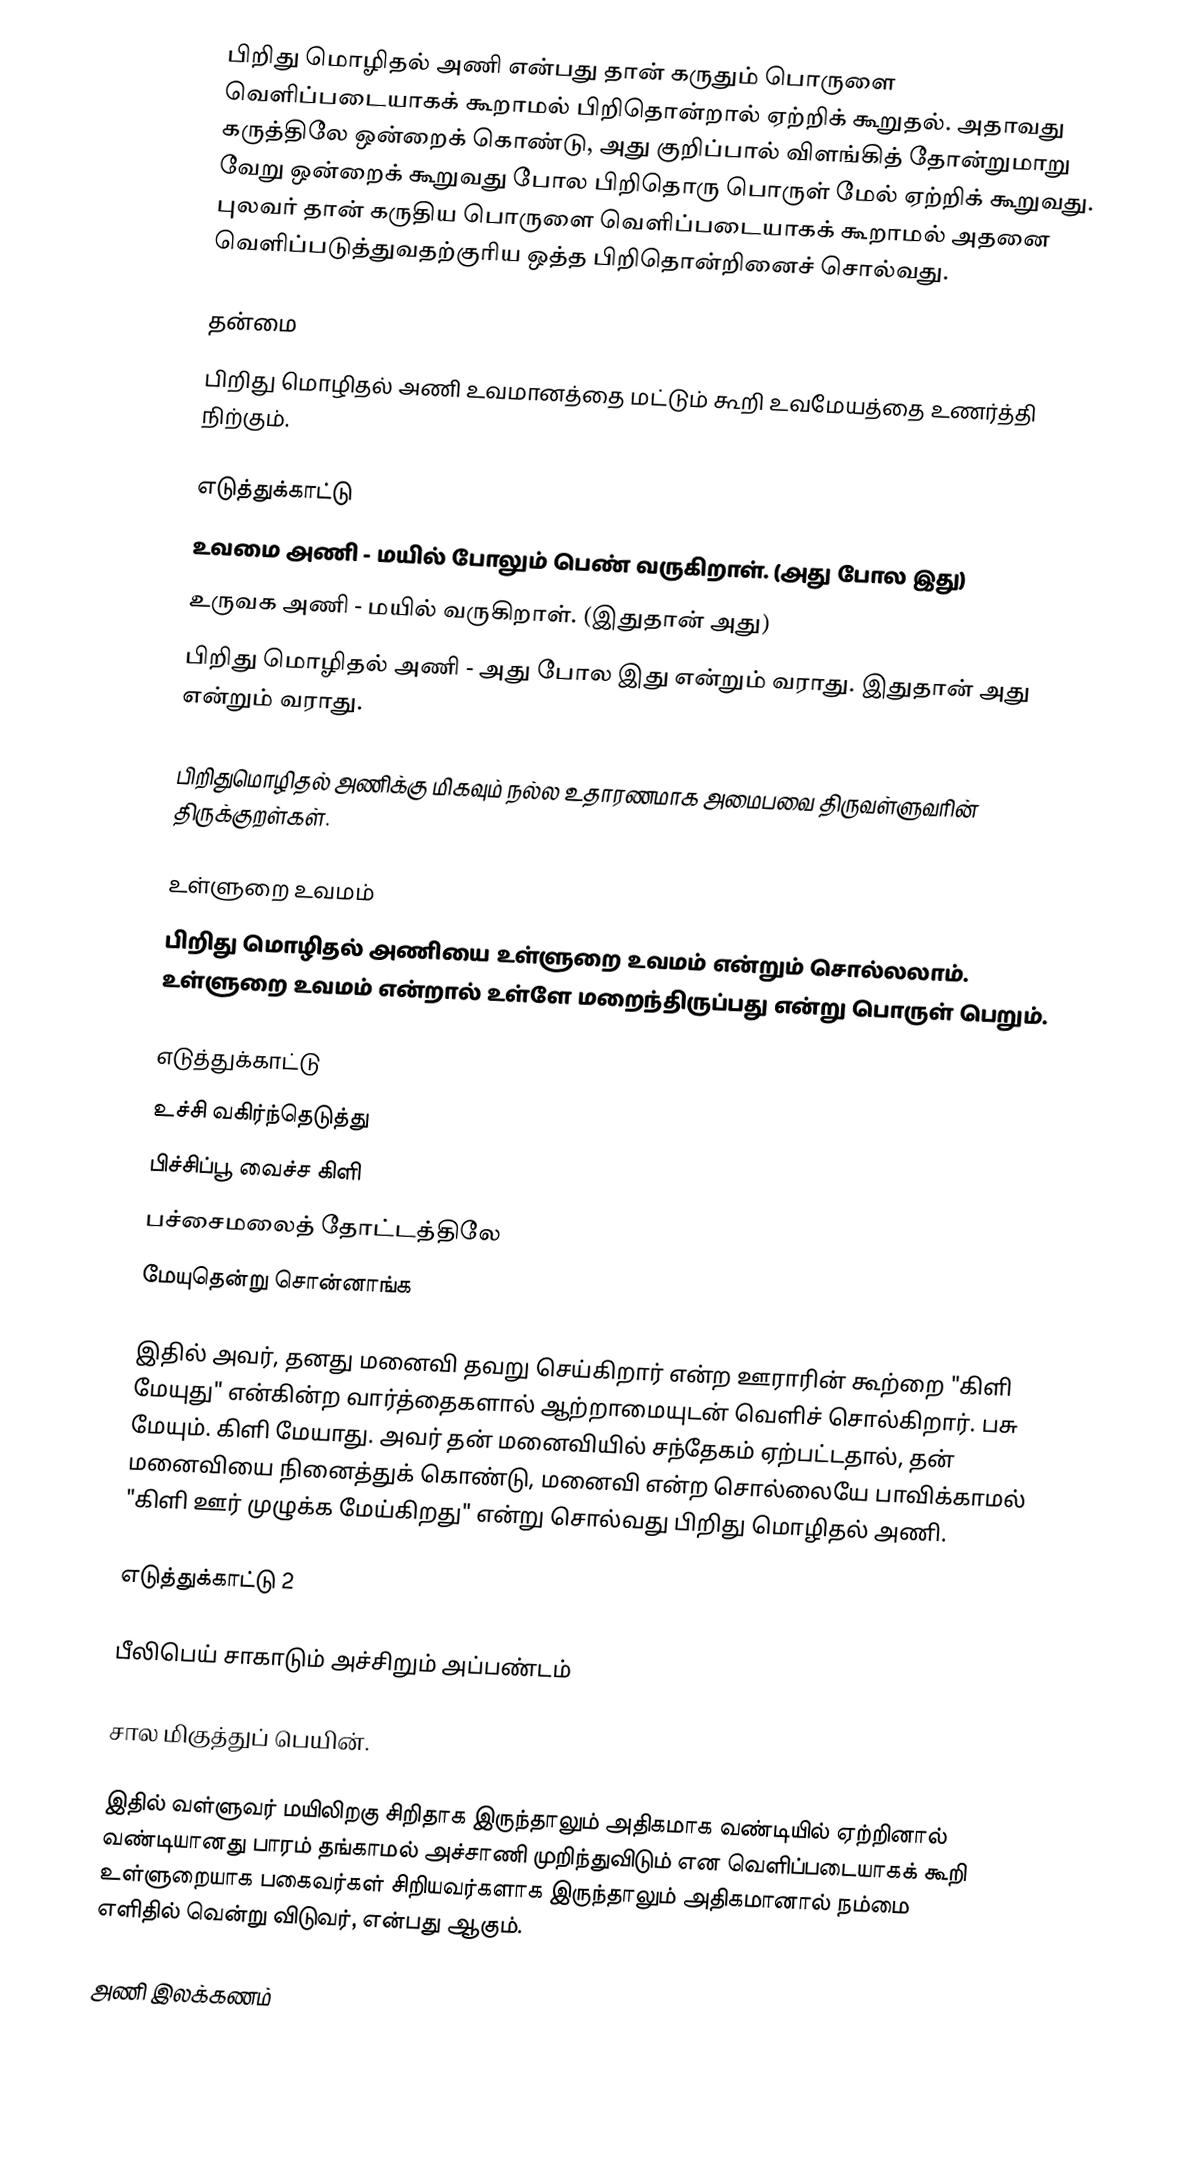
பிறிது மொழிதல் அணி என்பது தான் கருதும் பொருளை வெளிப்படையாகக் கூறாமல் பிறிதொன்றால் ஏற்றிக் கூறுதல். அதாவது கருத்திலே ஒன்றைக் கொண்டு, அது குறிப்பால் விளங்கித் தோன்றுமாறு வேறு ஒன்றைக் கூறுவது போல பிறிதொரு பொருள் மேல் ஏற்றிக் கூறுவது. புலவர் தான் கருதிய பொருளை வெளிப்படையாகக் கூறாமல் அதனை வெளிப்படுத்துவதற்குரிய ஒத்த பிறிதொன்றினைச் சொல்வது.

தன்மை
பிறிது மொழிதல் அணி உவமானத்தை மட்டும் கூறி உவமேயத்தை உணர்த்தி நிற்கும்.

எடுத்துக்காட்டு
 உவமை அணி - மயில் போலும் பெண் வருகிறாள். (அது போல இது)
 உருவக அணி - மயில் வருகிறாள். (இதுதான் அது)
 பிறிது மொழிதல் அணி - அது போல இது என்றும் வராது. இதுதான் அது என்றும் வராது.

பிறிதுமொழிதல் அணிக்கு மிகவும் நல்ல உதாரணமாக அமைபவை திருவள்ளுவரின் திருக்குறள்கள்.

உள்ளுறை உவமம்
பிறிது மொழிதல் அணியை உள்ளுறை உவமம் என்றும் சொல்லலாம். உள்ளுறை உவமம் என்றால் உள்ளே மறைந்திருப்பது என்று பொருள் பெறும்.

எடுத்துக்காட்டு
உச்சி வகிர்ந்தெடுத்து
பிச்சிப்பூ வைச்ச கிளி
பச்சைமலைத் தோட்டத்திலே
மேயுதென்று சொன்னாங்க

இதில் அவர், தனது மனைவி தவறு செய்கிறார் என்ற ஊராரின் கூற்றை "கிளி மேயுது" என்கின்ற வார்த்தைகளால் ஆற்றாமையுடன் வெளிச் சொல்கிறார். பசு மேயும். கிளி மேயாது. அவர் தன் மனைவியில் சந்தேகம் ஏற்பட்டதால், தன் மனைவியை நினைத்துக் கொண்டு, மனைவி என்ற சொல்லையே பாவிக்காமல் "கிளி ஊர் முழுக்க மேய்கிறது" என்று சொல்வது பிறிது மொழிதல் அணி.

எடுத்துக்காட்டு 2

பீலிபெய் சாகாடும் அச்சிறும் அப்பண்டம்

சால மிகுத்துப் பெயின்.

இதில் வள்ளுவர் மயிலிறகு சிறிதாக இருந்தாலும் அதிகமாக வண்டியில் ஏற்றினால் வண்டியானது பாரம் தங்காமல் அச்சாணி முறிந்துவிடும்  என வெளிப்படையாகக் கூறி உள்ளுறையாக பகைவர்கள் சிறியவர்களாக இருந்தாலும் அதிகமானால் நம்மை எளிதில் வென்று விடுவர், என்பது ஆகும்.

அணி இலக்கணம்